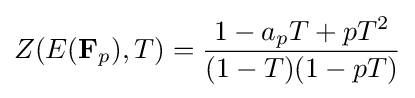
Z(E(\mathbf {F} _{p}),T)={\frac {1-a_{p}T+pT^{2}}{(1-T)(1-pT)}}